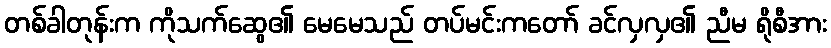
တစ်ခါတုန်းက ကိုသက်ဆွေ၏ မေမေသည် တပ်မင်းကတော် ခင်လှလှ၏ ညီမ ရိုစီအား